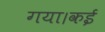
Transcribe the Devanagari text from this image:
गया।कई